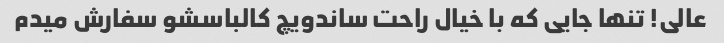
عالی! تنها جایی که با خیال راحت ساندویچ کالباسشو سفارش میدم